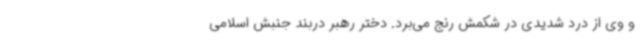
و وی از درد شدیدی در شکمش رنج می‌برد. دختر رهبر دربند جنبش اسلامی